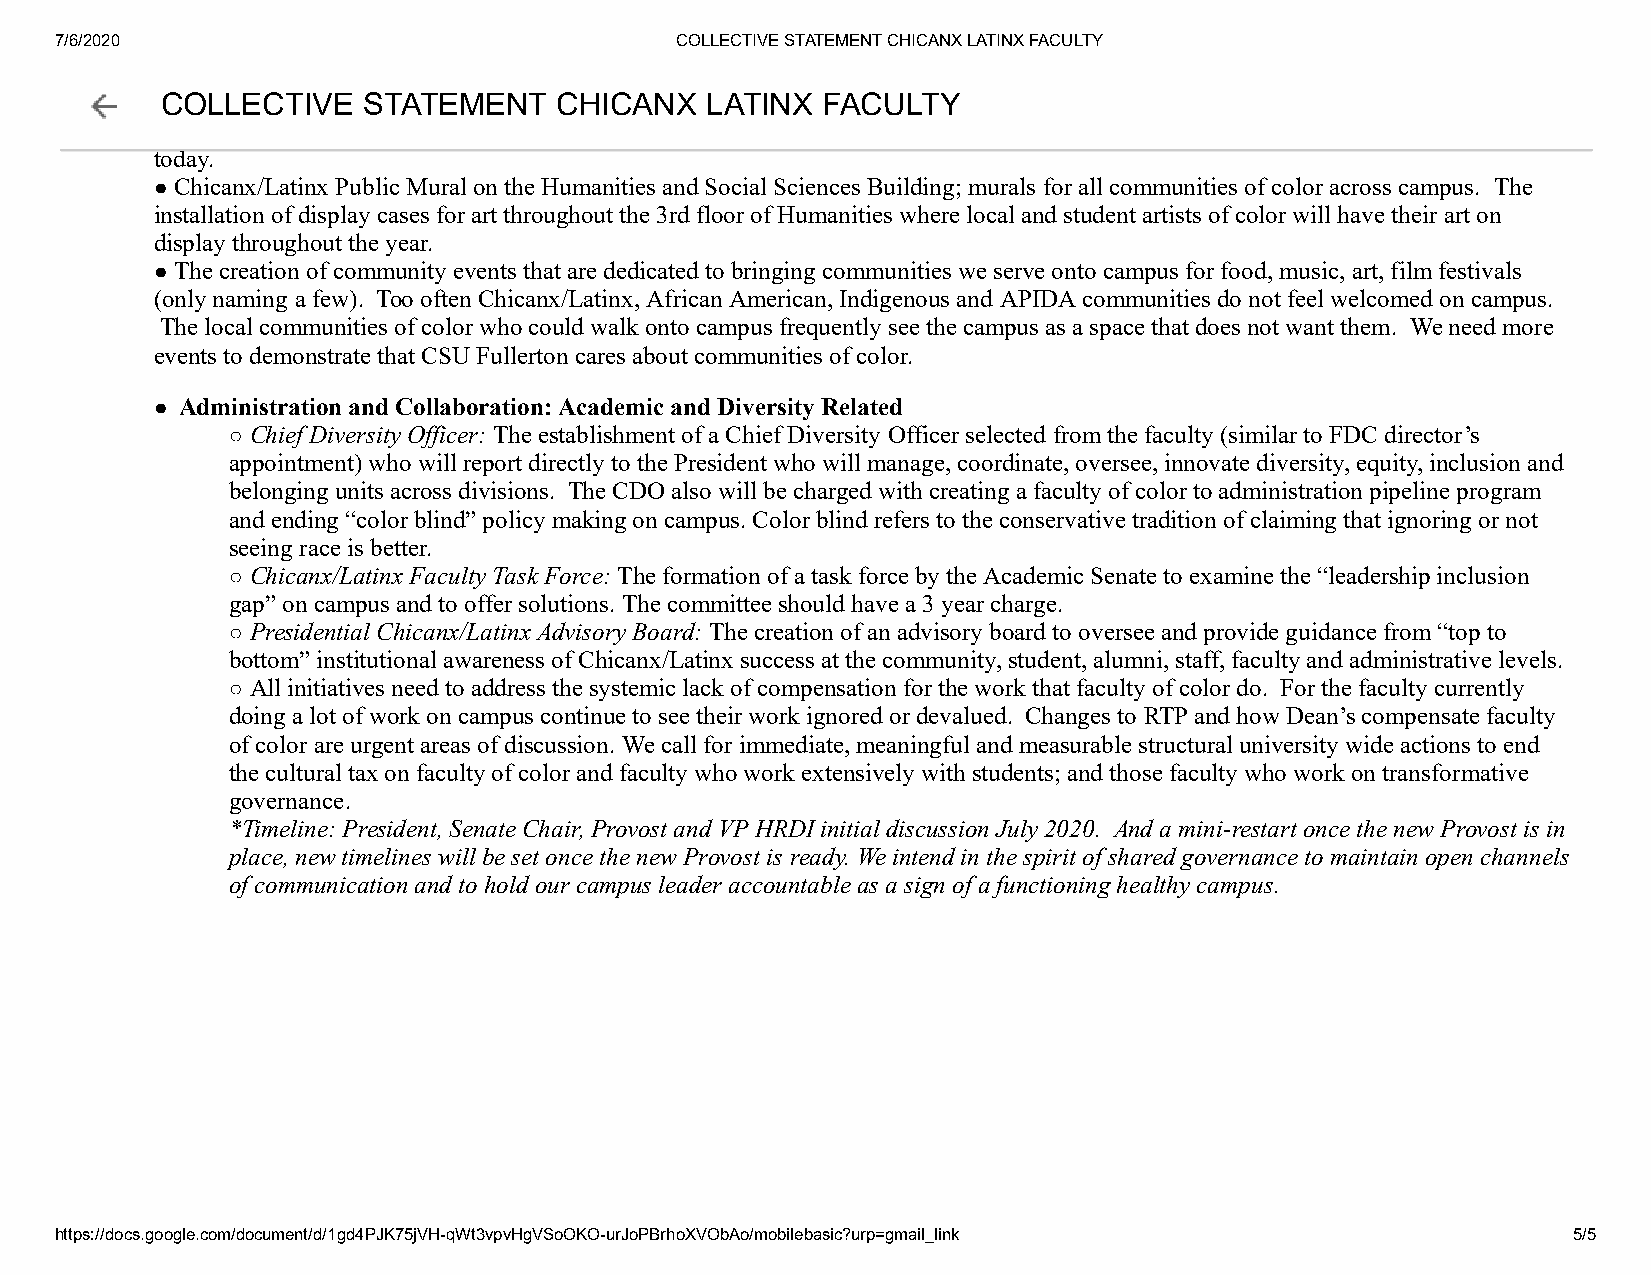
7/6/2020                                 COLLECTIVE STATEMENT CHICANX LATINX FACULTY
 community members reject the label “Hispanic” as a political tool of ethnic cleansing that erases the African and Indigenous heritage of
 mCaOnyL CLhEicCanTx/ILVatEin xS pToApuTlaEtioMnsE. NThTe cCamHpIuCs AbrNanXdi nLg AanTdI NlabXe llFinAg CshUouLldT bYe the standard labelling used in California and Southern
 California which is Chicanx/Latinx. It was activists under similar labeling who opened the doors and created the opportunities we are seeing
 today.
 ● Chicanx/Latinx Public Mural on the Humanities and Social Sciences Building; murals for all communities of color across campus. The
 installation of display cases for art throughout the 3rd floor of Humanities where local and student artists of color will have their art on
 display throughout the year.
 ● The creation of community events that are dedicated to bringing communities we serve onto campus for food, music, art, film festivals
 (only naming a few). Too often Chicanx/Latinx, African American, Indigenous and APIDA communities do not feel welcomed on campus.
 The local communities of color who could walk onto campus frequently see the campus as a space that does not want them. We need more
 events to demonstrate that CSU Fullerton cares about communities of color.
 ● Administration and Collaboration: Academic and Diversity Related
 ○ Chief Diversity Officer: The establishment of a Chief Diversity Officer selected from the faculty (similar to FDC director’s
 appointment) who will report directly to the President who will manage, coordinate, oversee, innovate diversity, equity, inclusion and
 belonging units across divisions. The CDO also will be charged with creating a faculty of color to administration pipeline program
 and ending “color blind” policy making on campus. Color blind refers to the conservative tradition of claiming that ignoring or not
 seeing race is better.
 ○ Chicanx/Latinx Faculty Task Force: The formation of a task force by the Academic Senate to examine the “leadership inclusion
 gap” on campus and to offer solutions. The committee should have a 3 year charge.
 ○ Presidential Chicanx/Latinx Advisory Board: The creation of an advisory board to oversee and provide guidance from “top to
 bottom” institutional awareness of Chicanx/Latinx success at the community, student, alumni, staff, faculty and administrative levels.
 ○ All initiatives need to address the systemic lack of compensation for the work that faculty of color do. For the faculty currently
 doing a lot of work on campus continue to see their work ignored or devalued. Changes to RTP and how Dean’s compensate faculty
 of color are urgent areas of discussion. We call for immediate, meaningful and measurable structural university wide actions to end
 the cultural tax on faculty of color and faculty who work extensively with students; and those faculty who work on transformative
 governance.
 *Timeline: President, Senate Chair, Provost and VP HRDI initial discussion July 2020. And a mini-restart once the new Provost is in
 place, new timelines will be set once the new Provost is ready. We intend in the spirit of shared governance to maintain open channels
 of communication and to hold our campus leader accountable as a sign of a functioning healthy campus.
 https://docs.google.com/document/d/1gd4PJK75jVH-qWt3vpvHgVSoOKO-urJoPBrhoXVObAo/mobilebasic?urp=gmail_link 5/5